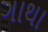
ગાથા